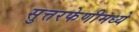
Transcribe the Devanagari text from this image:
सुत्तरफेणीमध्ये